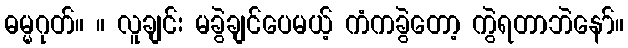
ဓမ္မဂုတ်။ ။ လူချင်း မခွဲချင်ပေမယ့် ကံကခွဲတော့ ကွဲရတာဘဲနော်။